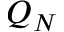
Q _ { N }